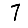
Digit: 7